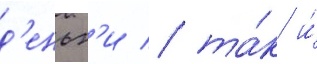
д'еньг'и / та́к и́